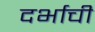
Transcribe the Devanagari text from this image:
दर्भाची